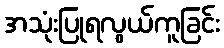
အသုံးပြုရလွယ်ကူခြင်း